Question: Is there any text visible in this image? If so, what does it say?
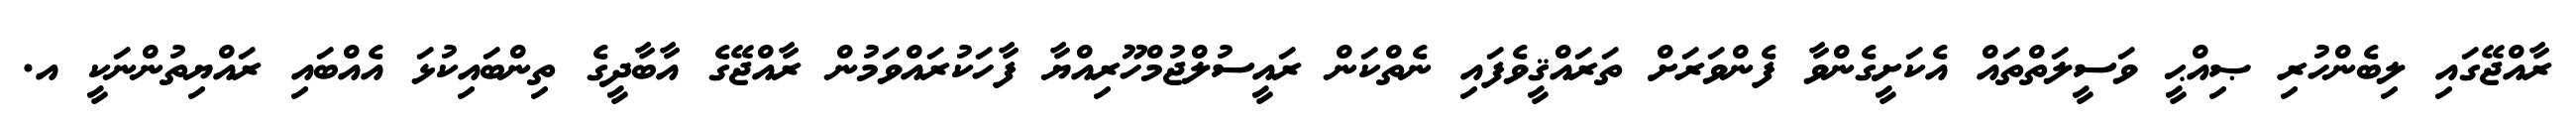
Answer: ރާއްޖޭގައި ލިބެންހުރި ޞިއްޙީ ވަސީލަތްތައް އެކަށީގެންވާ ފެންވަރަށް ތަރައްޤީވެފައި ނެތްކަން ރައީސުލްޖުމްހޫރިއްޔާ ފާހަކުރައްވަމުން ރާއްޖޭގެ އާބާދީގެ ތިންބައިކުޅަ އެއްބައި ރައްޔިތުންނަކީ އ.